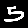
Digit: 5